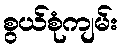
စွယ်စုံကျမ်း